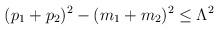
LaTeX: \begin{align*}(p_1+p_2)^2-( m_1+m_2)^2 \le \Lambda^2 \,\end{align*}